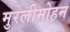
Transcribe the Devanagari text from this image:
मुरलीमोहन